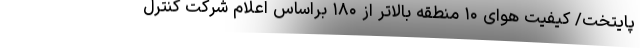
پایتخت/ کیفیت هوای ۱۰ منطقه بالاتر از ۱۸۰ براساس اعلام شرکت کنترل